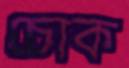
চোক